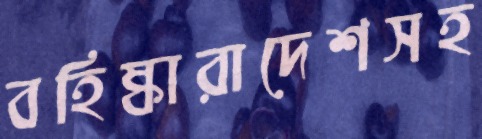
বহিষ্কারাদেশসহ